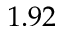
1 . 9 2